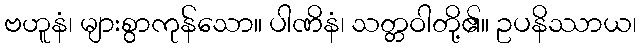
ဗဟူနံ၊ များစွာကုန်သော။ ပါဏိနံ၊ သတ္တဝါတို့၏။ ဥပနိဿာယ၊